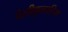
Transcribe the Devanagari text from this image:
पेलीकुलारिया